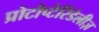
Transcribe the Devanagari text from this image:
प्रोटोप्टेरिडेलीज़